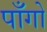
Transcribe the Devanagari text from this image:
पाँगो